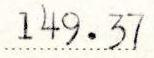
149.37